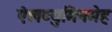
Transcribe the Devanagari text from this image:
ऐलब्युमिनमेह